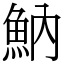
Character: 魶